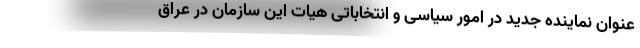
عنوان نماینده جدید در امور سیاسی و انتخاباتی هیات این سازمان در عراق